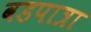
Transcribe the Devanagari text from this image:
वडपात्रा